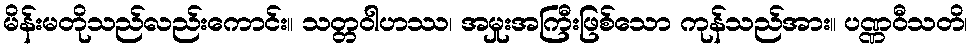
မိန်းမတိုသည်လည်းကောင်း။ သတ္တဝါဟဿ၊ အမှုးအကြီးဖြစ်သော ကုန်သည်အား။ ပဏ္ဏဝီသတိ၊